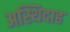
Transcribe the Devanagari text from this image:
अस्थिदाह